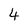
Character: 4